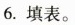
6.填表。